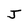
Character: J